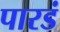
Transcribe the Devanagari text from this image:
पारडं